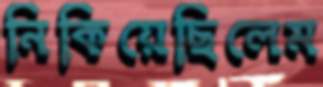
নিকিয়েছিলেম